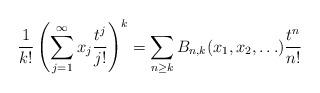
LaTeX: \begin{align*}\frac{1}{k!}\left(\sum_{j=1}^{\infty}x_j\frac{t^j}{j!}\right)^k = \sum_{n \geq k}B_{n,k}(x_1, x_2, \ldots)\frac{t^n}{n!}\end{align*}